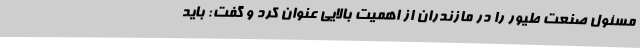
مسئول صنعت طیور را در مازندران از اهمیت بالایی عنوان کرد و گفت: باید